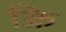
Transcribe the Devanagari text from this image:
क्रि